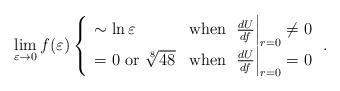
LaTeX: \begin{align*}\lim_{\varepsilon\rightarrow 0}f(\varepsilon)\left\{\begin{array}{ll}\sim\ln\varepsilon & \mbox{when~}\left.\frac{dU}{df}\right|_{r=0}\ne 0\\=0~{\rm or}~\sqrt[8]{48} &\mbox{when~}\left.\frac{dU}{df}\right|_{r=0}=0\end{array}\right..\end{align*}